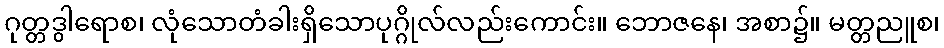
ဂုတ္တဒွါရောစ၊ လုံသောတံခါးရှိသောပုဂ္ဂိုလ်လည်းကောင်း။ ဘောဇနေ၊ အစာ၌။ မတ္တညူစ၊